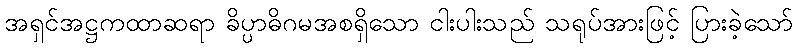
အရှင်အဋ္ဌကထာဆရာ ခိပ္ပာဓိဂမအစရှိသော ငါးပါးသည် သရုပ်အားဖြင့် ပြားခဲ့သော်